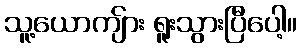
သူ့ယောကျ်ား ရူးသွားပြီပေါ့။